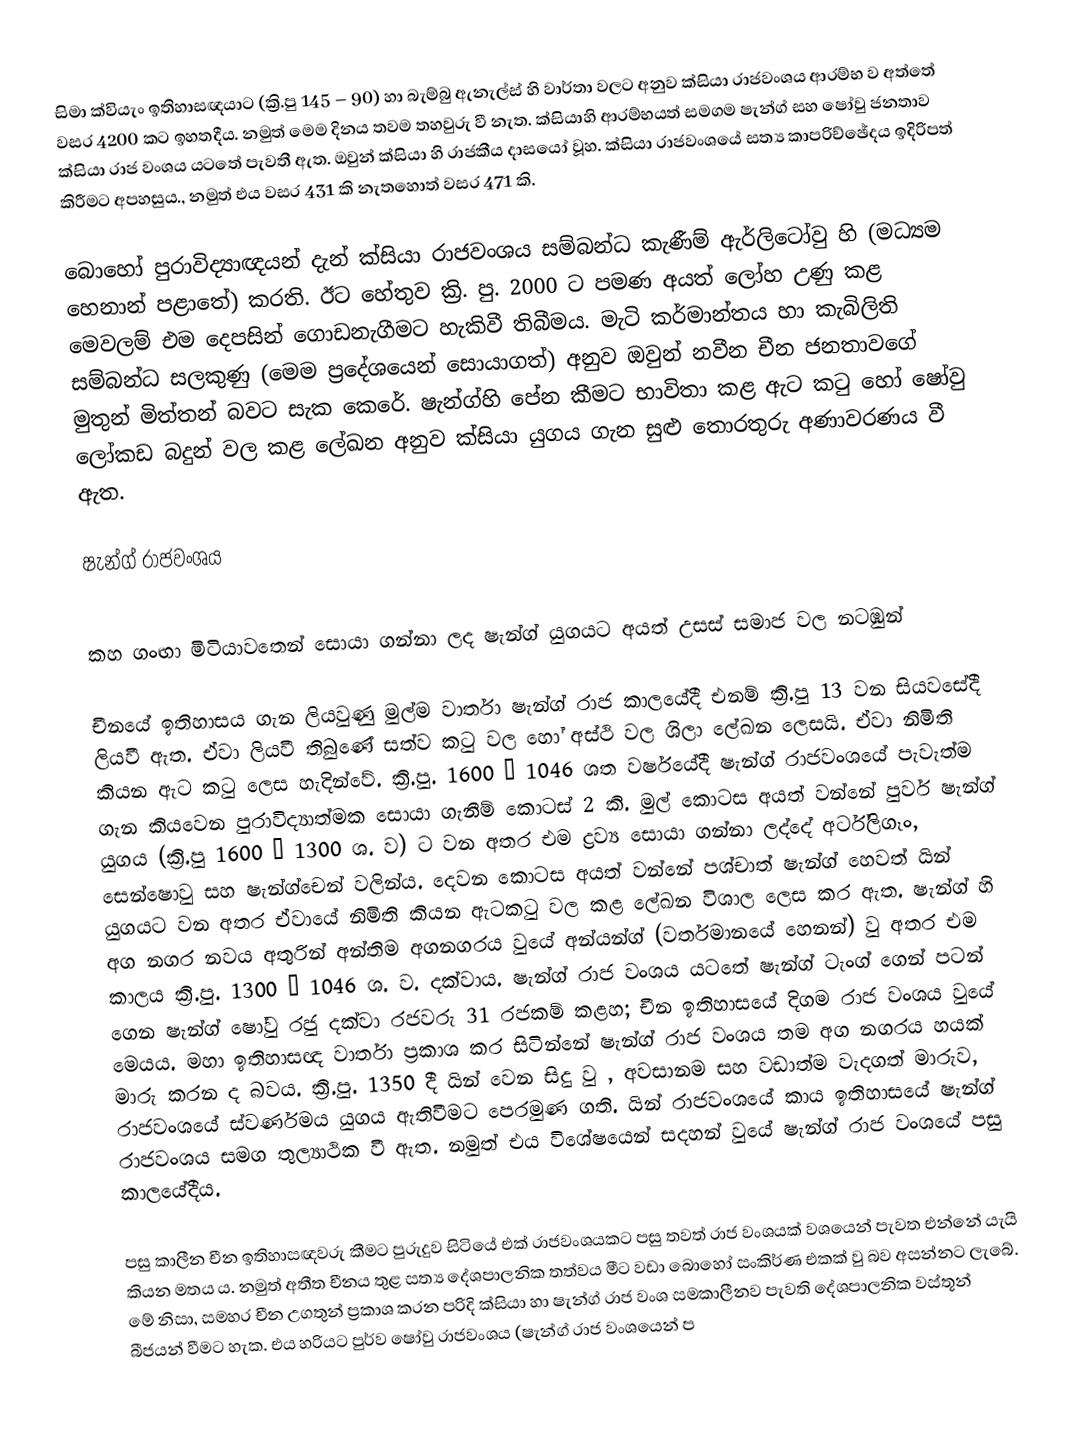
සිමා ක්වියැං ඉතිහාසඥයාට (ක්‍රි.පු 145 – 90) හා බැම්බු ඇනැල්ස් හි වාර්තා වලට අනුව ක්සියා රාජවංශය ආරම්භ ව අත්තේ වසර 4200 කට ඉහතදීය. නමුත් මෙම දිනය තවම තහවුරු වී නැත. ක්සියාහි ආරම්භයත් සමගම ෂැන්ග් සහ ෂෝවු ජනතාව ක්සියා රාජ වංශය යටතේ පැවතී ඇත. ඔවුන් ක්සියා හි රාජකීය දාසයෝ වූහ. ක්සියා රාජවංශයේ සත්‍ය කාපරිච්ඡේදය ඉදිරිපත් කිරීමට අපහසුය., නමුත් එය වසර 431 කි නැතහොත් වසර 471 කි.

බොහෝ පුරාවිද්‍යාඥයන් දැන් ක්සියා රාජවංශය සම්බන්ධ කැණීම් ඇර්ලිටෝවු හි (මධ්‍යම හෙනාන් පළාතේ) කරති. ඊට හේතුව ක්‍රි. පු. 2000 ට පමණ අයත් ලෝහ උණු කළ මෙවලම් එම දෙපසින් ගොඩනැගීමට හැකිවී තිබීමය. මැටි කර්මාන්තය හා කැබිලිති සම්බන්ධ සලකුණු (මෙම ප්‍රදේශයෙන් සොයාගත්) අනුව ඔවුන් නවීන චීන ජනතාවගේ මුතුන් මිත්තන් බවට සැක කෙරේ. ෂැන්ග්හි පේන කීමට භාවිතා කළ ඇට කටු හෝ ෂෝවු ලෝකඩ බදුන් වල කළ ලේඛන අනුව ක්සියා යුගය ගැන සුළු තොරතුරු අණාවරණය වී ඇත.

ෂැන්ග් රාජවංශය

කහ ගංඟා මිටියාවතෙන් සොයා ගන්නා ලද ෂැන්ග් යුගයට අයත් උසස් සමාජ වල නටඹුන්

චීනයේ ඉතිහාසය ගැන ලියවුණු මුල්ම වාර්තා ෂැන්ග් රාජ කාලයේදී එනම් ක්‍රි.පු 13 වන සියවසේදී ලියවී ඇත. ඒවා ලියවී තිබුණේ සත්ව කටු වල හෝ අස්ථි වල ශිලා ලේඛන ලෙසයි. ඒවා නිමිති කියන ඇට කටු ලෙස හැදින්වේ. ක්‍රි.පු. 1600 – 1046 ශත වර්ෂයේදී ෂැන්ග් රාජවංශයේ පැවැත්ම ගැන කියවෙන පුරාවිද්‍යාත්මක සොයා ගැනීම් කොටස් 2 කි. මුල් කොටස අයත් වන්නේ පුර්ව ෂැන්ග් යුගය (ක්‍රි.පු 1600 – 1300 ශ. ව) ට වන අතර එම ද්‍රව්‍ය සොයා ගන්නා ලද්දේ අර්ට්ලිගෑං, සෙන්ෂොවු සහ ෂැන්ග්චෙන් වලින්ය. දෙවන කොටස අයත් වන්නේ පශ්චාත් ෂැන්ග් හෙවත් යින් යුගයට වන අතර ඒවායේ නිමිති කියන ඇටකටු වල කළ ලේඛන විශාල ලෙස කර ඇත. ෂැන්ග් හි අග නගර නවය අතුරින් අන්තිම අගනගරය වුයේ අන්යන්ග් (වර්තමානයේ හෙනන්) වු අතර එම කාලය ක්‍රි.පු. 1300 – 1046 ශ. ව. දක්වාය. ෂැන්ග් රාජ වංශය යටතේ ෂැන්ග් ටැංග් ගෙන් පටන් ගෙන ෂැන්ග් ෂෝවු රජු දක්වා රජවරු 31 රජකම් කළහ; චීන ඉතිහාසයේ දිගම රාජ වංශය වුයේ මෙයය. මහා ඉතිහාසඥ වාර්තා ප්‍රකාශ කර සිටින්නේ ෂැන්ග් රාජ වංශය තම අග නගරය හයක් මාරු කරන ද බවය. ක්‍රි.පු. 1350 දී යින් වෙන සිදු වු , අවසානම සහ වඩාත්ම වැදගත් මාරුව, රාජවංශයේ ස්වර්ණමය යුගය ඇතිවීමට පෙරමුණ ගති. යින් රාජවංශයේ කාය ඉතිහාසයේ ෂැන්ග් රාජවංශය සමග තුල්‍යාථික වී ඇත. නමුත් එය විශේෂයෙන් සදහන් වුයේ ෂැන්ග් රාජ වංශයේ පසු කාලයේදීය.

පසු කාලීන චීන ඉතිහාසඥවරු කීමට පුරුදුව සිටියේ එක් රාජවංශයකට පසු තවත් රාජ වංශයක් වශයෙන් පැවත එන්නේ යැයි කියන මතය ය. නමුත් අතීත චීනය තුළ සත්‍ය දේශපාලනික තත්වය මීට වඩා බොහෝ සංකිර්ණ එකක් වු බව අසන්නට ලැබේ. මේ නිසා, සමහර චීන උගතුන් ප්‍රකාශ කරන පරිදි ක්සියා හා ෂැන්ග් රාජ වංශ සමකාලීනව පැවති දේශපාලනික වස්තූන් බීජයන් වීමට හැක. එය හරියට පුර්ව ෂෝවු රාජවංශය (ෂැන්ග් රාජ වංශයෙන් ප